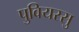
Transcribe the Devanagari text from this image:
पुवियरसु